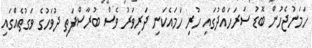
ހަމަނުޖެހުން ބޮޑު ސަރަހައްދުގައި ހުރި ހަމައެކަނި ދަރިވަރު ވެސް ބުރާސްފަތި ދުވަހުގެ ވަގުތެއްގައި